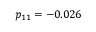
p _ { 1 1 } = - 0 . 0 2 6